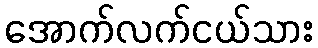
အောက်လက်ငယ်သား